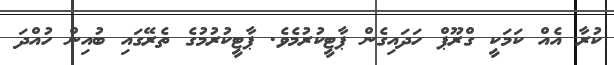
ކުރާ އެއް ކަމަކީ ގްރޫޕް ހަދައިގެން ޕާޓީކުރުމެވެ. ޕާޓީކުރުމުގެ ތެރޭގައި ބުއިން ހުއްދަ